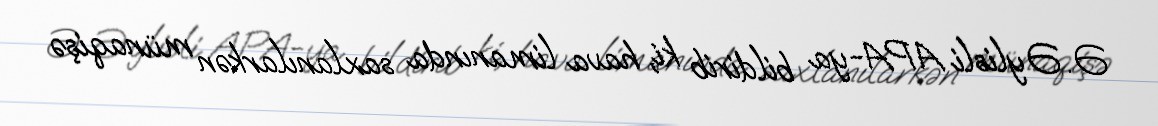
Ə. Əylisli APA-ya bildirib ki, hava limanında saxlanılarkən münaqişə